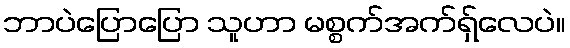
ဘာပဲပြောပြော သူဟာ မစ္စက်အက်ရှ်လေပဲ။